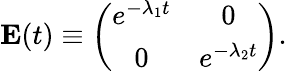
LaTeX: \begin{array}{r}{{\mathbf E}(t)\equiv\left(\begin{array}{cc}{e^{-\lambda_{1}t}}&{0}\\ {0}&{e^{-\lambda_{2}t}}\end{array}\right).}\end{array}